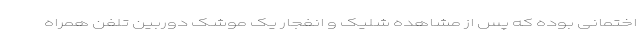
اختمانی بوده که پس از مشاهده شلیک و انفجار یک موشک دوربین تلفن همراه